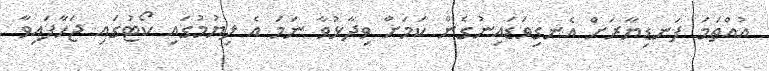
އުއްތަމަ ފަނޑިޔާރަށް އެނގިވަޑައިނުގެން ކަމަށް ވިދާޅުވާ ނަމަ އެ ލިޔުމުގައި ކޯޓުގައި ޖަހާފައިވާ